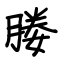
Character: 媵